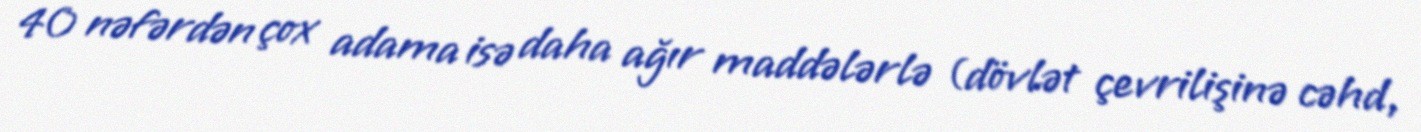
40 nəfərdən çox adama isə daha ağır maddələrlə (dövlət çevrilişinə cəhd,